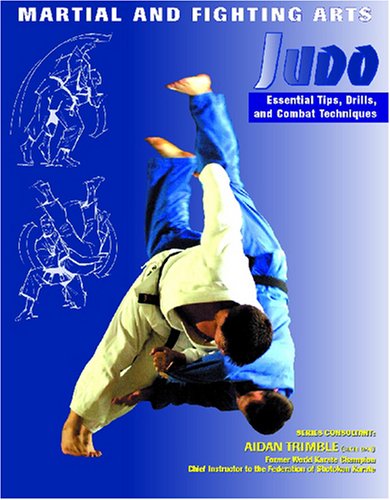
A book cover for Judo (Martial and Fighting Arts); Barnaby Chesterman; Teen & Young Adult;